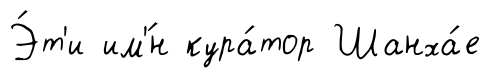
Э́т'и им'́н кура́тор Шанха́е